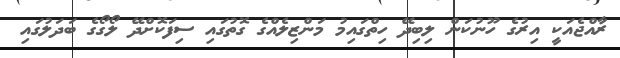
ރާއްޖެއަކީ އިރުގެ ހޫނުކަން ލިބިދޭ ހިތްގައިމު މަންޒިލެއްގެ ގޮތުގައި ސިފަކޮށްދޭ ލޯގޯގެ ބަދަލުގައި